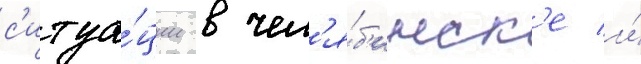
с'итуа́ции в чел'я́б'инск'е и́